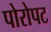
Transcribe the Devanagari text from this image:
पोरोपट